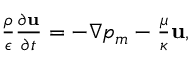
\begin{array} { r } { \frac { \rho } { \epsilon } \frac { \partial \mathbf { u } } { \partial t } = - \nabla p _ { m } - \frac { \mu } { \kappa } \mathbf { u } , } \end{array}